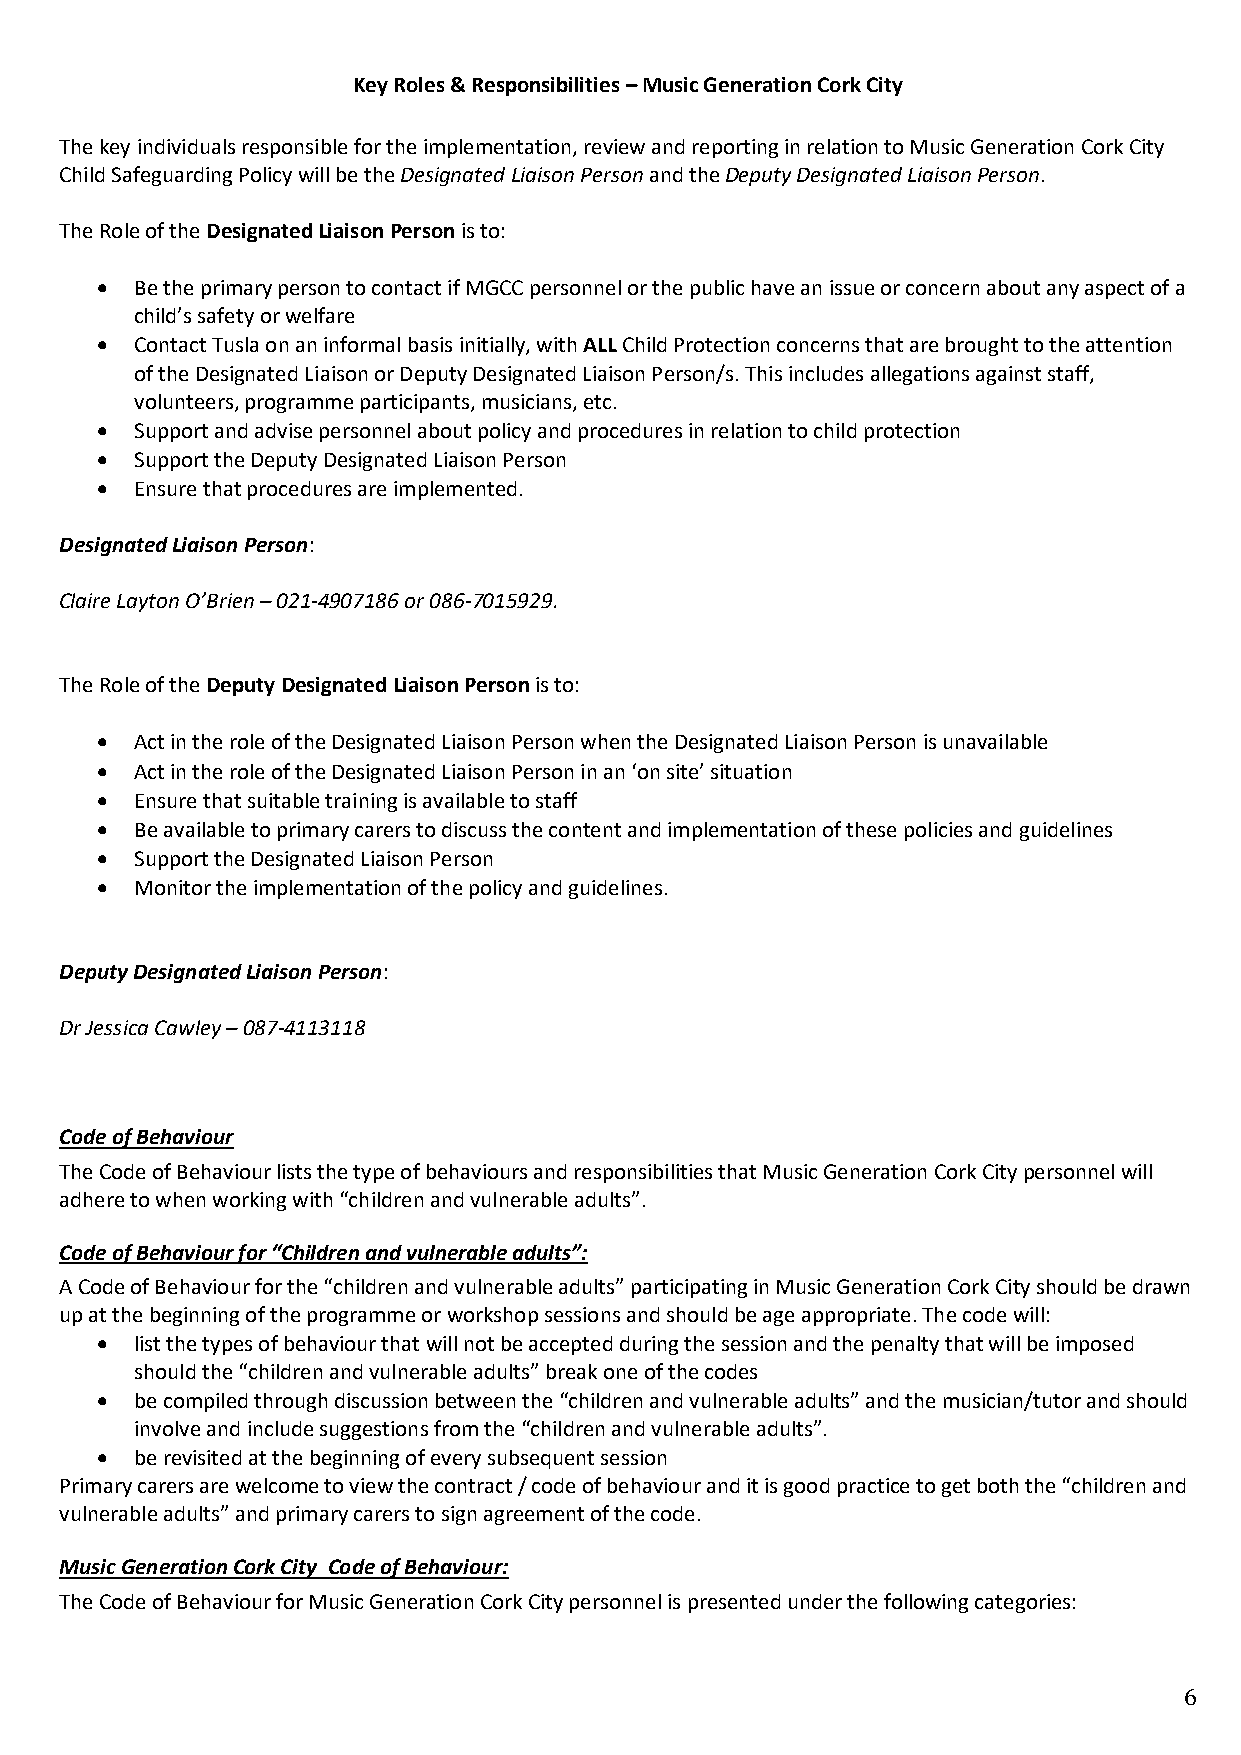
Key Roles & Responsibilities – Music Generation Cork City
 The key individuals responsible for the implementation, review and reporting in relation to Music Generation Cork City
 Child Safeguarding Policy will be the Designated Liaison Person and the Deputy Designated Liaison Person.
 The Role of the Designated Liaison Person is to:
 •  Be the primary person to contact if MGCC personnel or the public have an issue or concern about any aspect of a
 child’s safety or welfare
 •  Contact Tusla on an informal basis initially, with ALL Child Protection concerns that are brought to the attention
 of the Designated Liaison or Deputy Designated Liaison Person/s. This includes allegations against staff,
 volunteers, programme participants, musicians, etc.
 •  Support and advise personnel about policy and procedures in relation to child protection
 •  Support the Deputy Designated Liaison Person
 •  Ensure that procedures are implemented.
 Designated Liaison Person:
 Claire Layton O’Brien – 021-4907186 or 086-7015929.
 The Role of the Deputy Designated Liaison Person is to:
 •  Act in the role of the Designated Liaison Person when the Designated Liaison Person is unavailable
 •  Act in the role of the Designated Liaison Person in an ‘on site’ situation
 •  Ensure that suitable training is available to staff
 •  Be available to primary carers to discuss the content and implementation of these policies and guidelines
 •  Support the Designated Liaison Person
 •  Monitor the implementation of the policy and guidelines.
 Deputy Designated Liaison Person:
 Dr Jessica Cawley – 087-4113118
 Code of Behaviour
 The Code of Behaviour lists the type of behaviours and responsibilities that Music Generation Cork City personnel will
 adhere to when working with “children and vulnerable adults”.
 Code of Behaviour for “Children and vulnerable adults”:
 A Code of Behaviour for the “children and vulnerable adults” participating in Music Generation Cork City should be drawn
 up at the beginning of the programme or workshop sessions and should be age appropriate. The code will:
 •  list the types of behaviour that will not be accepted during the session and the penalty that will be imposed
 should the “children and vulnerable adults” break one of the codes
 •  be compiled through discussion between the “children and vulnerable adults” and the musician/tutor and should
 involve and include suggestions from the “children and vulnerable adults”.
 •  be revisited at the beginning of every subsequent session
 Primary carers are welcome to view the contract / code of behaviour and it is good practice to get both the “children and
 vulnerable adults” and primary carers to sign agreement of the code.
 Music Generation Cork City Code of Behaviour:
 The Code of Behaviour for Music Generation Cork City personnel is presented under the following categories:
 6